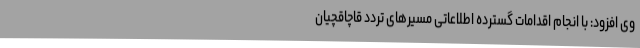
وی افزود: با انجام اقدامات گسترده اطلاعاتی مسیرهای تردد قاچاقچیان